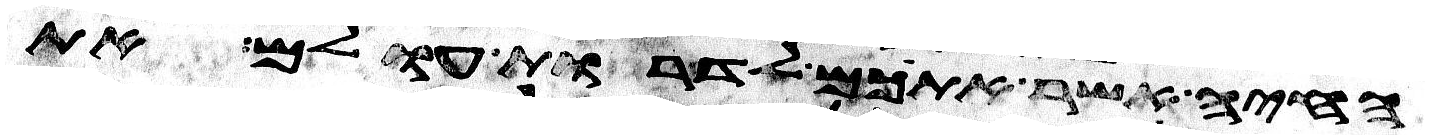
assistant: החיה אשר אתכם לדרות עולם את